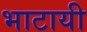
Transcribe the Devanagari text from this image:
भाटायी